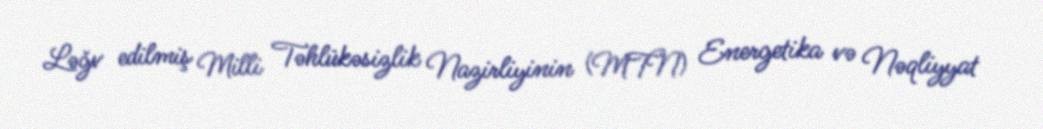
Ləğv edilmiş Milli Təhlükəsizlik Nazirliyinin (MTN) Energetika və Nəqliyyat